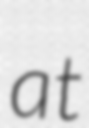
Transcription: at